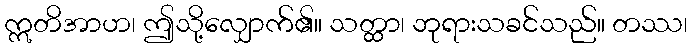
ဣတိအာဟ၊ ဤသို့လျှောက်၏။ သတ္ထာ၊ ဘုရားသခင်သည်။ တဿ၊